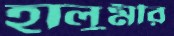
হালুমীর